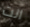
انت